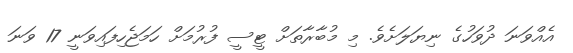
އެއްވަނަ ދުވަހުގެ ނިޔަލަށެވެ. މި މުބާރާތަށް ޓީސީ ފުރުމަށް ހަމަޖެހިފައިވަނީ 17 ވަނަ